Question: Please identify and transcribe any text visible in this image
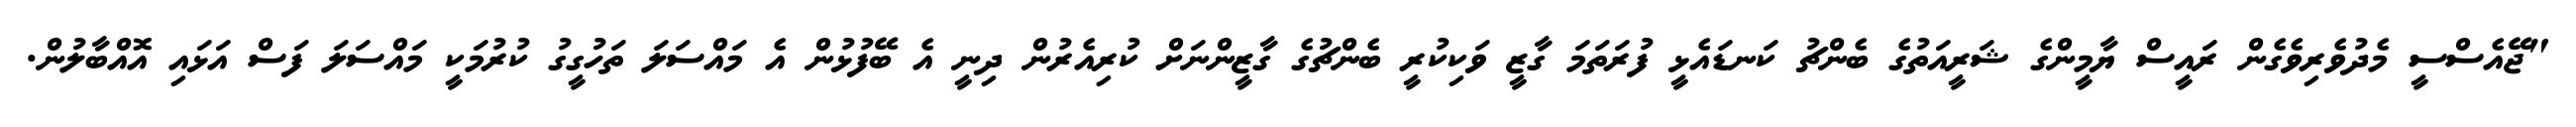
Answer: "ޖޭއެސްސީ މެދުވެރިވެގެން ރައީސް ޔާމީންގެ ޝަރީއަތުގެ ބެންޗު ކަނޑައެޅީ ފުރަތަމަ ގާޒީ ވަކިކުރީ ބެންޗުގެ ގާޒީންނަށް ކުރިއެރުން ދިނީ އެ ބޭފުޅުން އެ މައްސަލަ ތަހުގީގު ކުރުމަކީ މައްސަލަ ފަސް އަޅައި އޮއްބާލުން.